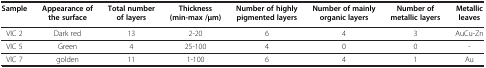
| Sample | Appearance of the surface | Total number of layers | Thickness (min-max /μm) | Number of highly pigmented layers | Number of mainly organic layers | Number of metallic layers | Metallic leaves |
 | --- | --- | --- | --- | --- | --- | --- | --- |
 | VIC 2 | Dark red | 13 | 2-20 | 6 | 4 | 3 | AuCu-Zn |
 | VIC 5 | Green | 4 | 25-100 | 4 | 0 | 0 | - |
 | VIC 7 | golden | 11 | 1-100 | 6 | 4 | 1 | Au |